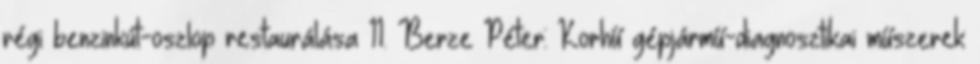
régi benzinkút-oszlop restaurálása 11. Berze Péter: Korhű gépjármű-diagnosztikai műszerek